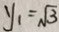
y _ { 1 } = \sqrt { 3 }